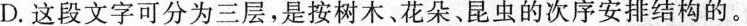
D.这段文字可分为三层，是按树木、花朵、昆虫的次序安排结构的。